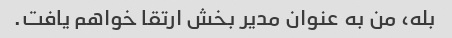
بله، من به عنوان مدیر بخش ارتقا خواهم یافت.